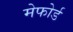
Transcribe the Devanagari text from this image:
मेफोर्ड